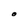
Character: O